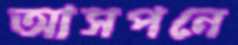
আসপনে